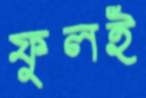
ফুলই